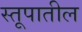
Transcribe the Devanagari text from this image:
स्तूपातील